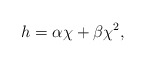
\begin{align*}h = \alpha \chi + \beta \chi^2, \end{align*}